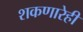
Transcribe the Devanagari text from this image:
शकणारेही